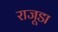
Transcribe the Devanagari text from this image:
राजूडा